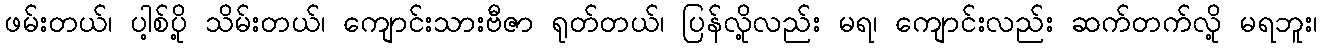
ဖမ်းတယ်၊ ပါ့စ်ပို့ သိမ်းတယ်၊ ကျောင်းသားဗီဇာ ရုတ်တယ်၊ ပြန်လို့လည်း မရ၊ ကျောင်းလည်း ဆက်တက်လို့ မရဘူး၊